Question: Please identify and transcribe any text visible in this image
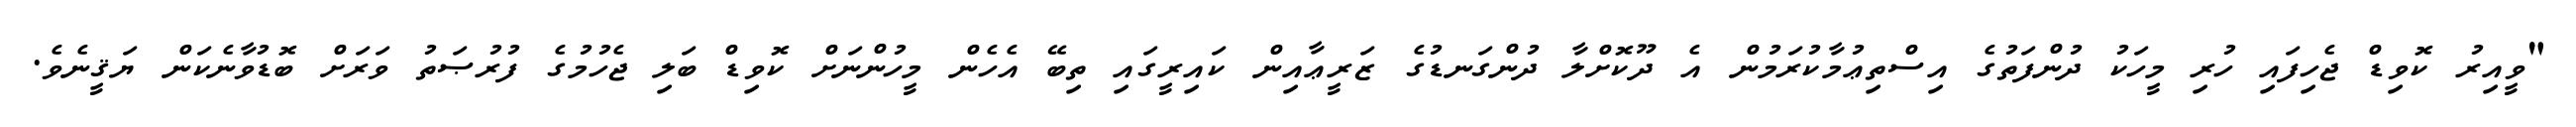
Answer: "ވީއިރު ކޮވިޑް ޖެހިފައި ހުރި މީހަކު ދުންފަތުގެ އިސްތިޢުމާކުރަމުން އެ ދޫކޮށްލާ ދުންގަނޑުގެ ޒަރީޢާއިން ކައިރީގައި ތިބޭ އެހެން މީހުންނަށް ކޮވިޑް ބަލި ޖެހުމުގެ ފުރުޞަތު ވަރަށް ބޮޑުވާނެކަން ޔަޤީނެވެ.